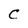
Character: C